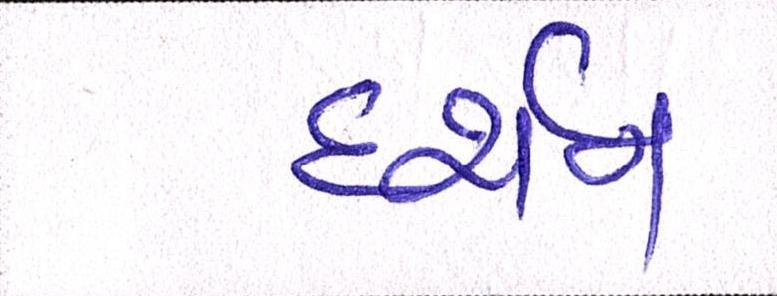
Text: દર્શન